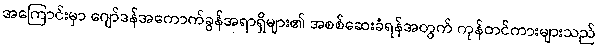
အကြောင်းမှာ ဂျော်ဒန်အကောက်ခွန်အရာရှိများ၏ အစစ်ဆေးခံရန်အတွက် ကုန်တင်ကားများသည်